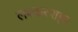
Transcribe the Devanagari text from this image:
लश्करशहा